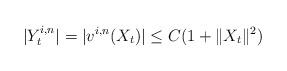
LaTeX: \begin{align*}| Y^{i,n}_t | = | v^{i,n}(X_t) | \leq C(1 + \| X_t \|^2)\end{align*}